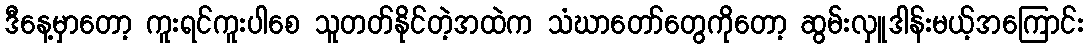
ဒီနေ့မှာတော့ ကူးရင်ကူးပါစေ သူတတ်နိုင်တဲ့အထဲက သံဃာတော်တွေကိုတော့ ဆွမ်းလှူဒါန်းမယ့်အကြောင်း